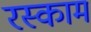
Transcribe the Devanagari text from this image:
रस्काम